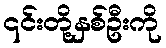
၎င်းတို့နှစ်ဦးကို